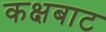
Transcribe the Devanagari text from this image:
कक्षबाट